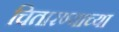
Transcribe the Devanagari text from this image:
चितारण्याच्या